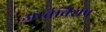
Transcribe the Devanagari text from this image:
आर्त्तबिशप